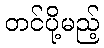
တင်ပို့မည့်